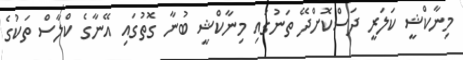
މިނާކްޝީ ކަލަރީ ދަސްކޮށްދޭ ތަނުގައި މިނާކްޝީ ބުނާ ގޮތުގައި އޭނާގެ ކްލާސް ތަކުގެ